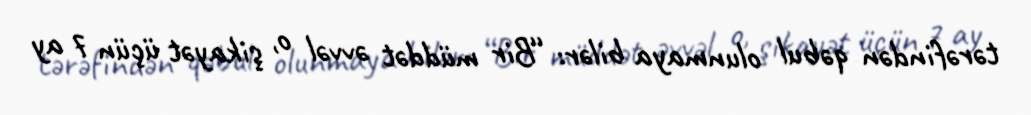
tərəfindən qəbul olunmaya bilər: “Bir müddət əvvəl o, şikayət üçün 7 ay